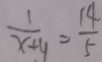
\frac { 1 } { x + y } = \frac { 1 4 } { 5 }